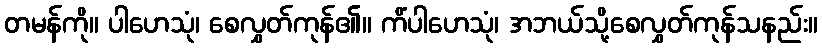
တမန်ကို။ ပါဟေသုံ၊ စေလွှတ်ကုန်၏။ ကိံပါဟေသုံ၊ အဘယ်သို့စေလွှတ်ကုန်သနည်း။